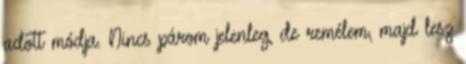
adott módja. Nincs párom jelenleg, de remélem, majd lesz